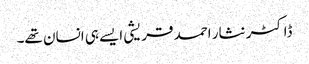
ڈاکٹر نثار احمد قریشی ایسے ہی انسان تھے۔